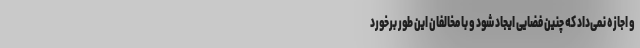
و اجازه نمی‌داد که چنین فضایی ایجاد شود و با مخالفان این طور برخورد